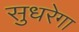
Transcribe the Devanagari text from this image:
सुधरेगा